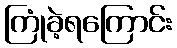
ကြုံခဲ့ရကြောင်း